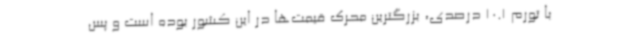
با تورم 10.1 درصدی، بزرگترین محرک قیمت‌ها در این کشور بوده است و پس